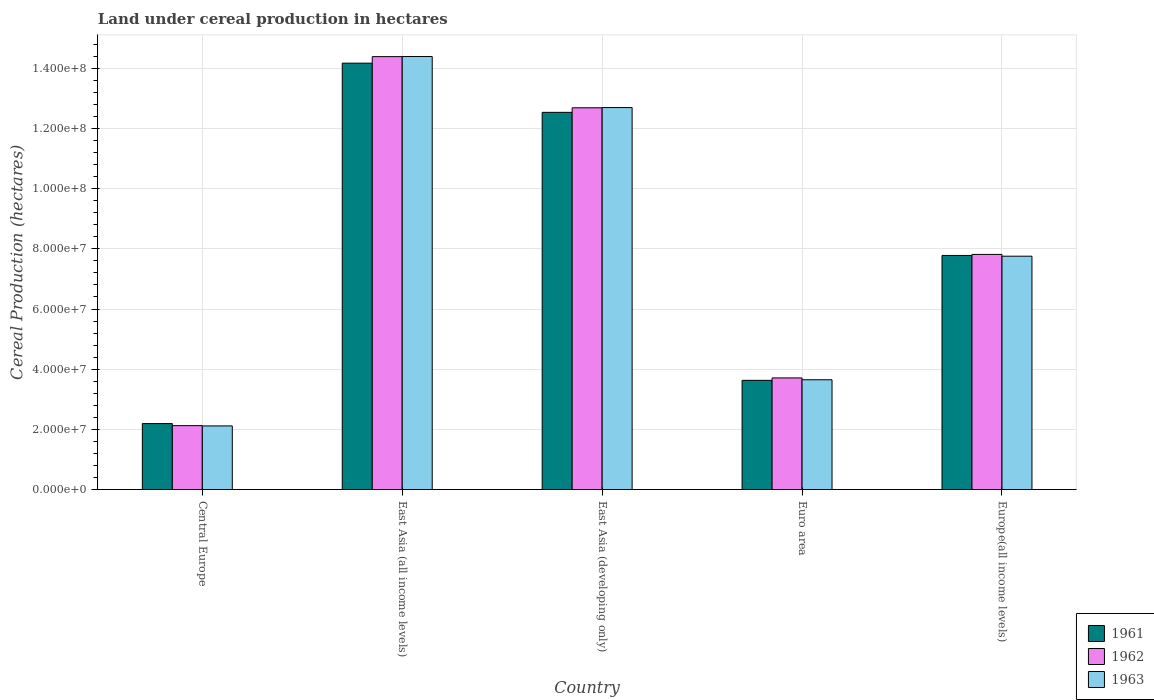
| Country | 1961 | 1962 | 1963 |
 | --- | --- | --- | --- |
 | Central Europe | 2.19e+07 | 2.12e+07 | 2.11e+07 |
 | East Asia (all income levels) | 1.42e+08 | 1.44e+08 | 1.44e+08 |
 | East Asia (developing only) | 1.25e+08 | 1.27e+08 | 1.27e+08 |
 | Euro area | 3.63e+07 | 3.71e+07 | 3.65e+07 |
 | Europe(all income levels) | 7.78e+07 | 7.82e+07 | 7.76e+07 |